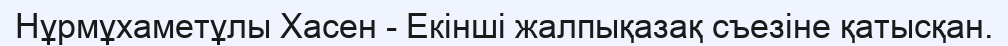
Нұрмұхаметұлы Хасен - Екінші жалпықазақ съезіне қатысқан.